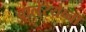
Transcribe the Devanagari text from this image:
वालेरेयेव्ना